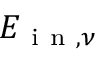
E _ { \mathrm { ~ i ~ n ~ } , \nu }